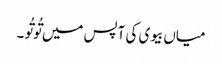
میاں بیوی کی آپس میں تُوتُو ۔